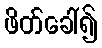
ဖိတ်ခေါ်၍